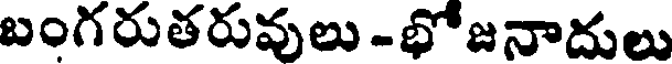
బంగరుతరువులు -భోజనాదులు